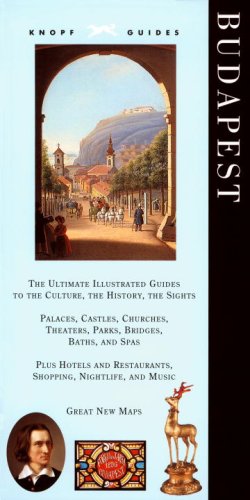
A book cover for Knopf Guide: Budapest (Knopf Guides); Travel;